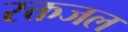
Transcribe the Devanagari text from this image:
रक्तजल